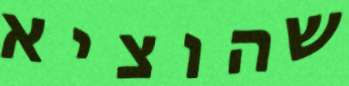
שהוציא